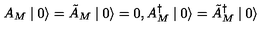
A _ { M } \mid 0 \rangle = \tilde { A } _ { M } \mid 0 \rangle = 0 , A _ { M } ^ { \dagger } \mid 0 \rangle = \tilde { A } _ { M } ^ { \dagger } \mid 0 \rangle